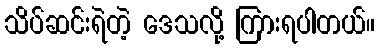
သိပ်ဆင်းရဲတဲ့ ဒေသလို့ ကြားရပါတယ်။